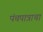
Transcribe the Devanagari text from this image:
पंचपात्राचा